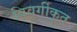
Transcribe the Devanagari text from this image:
विवर्गीकृत